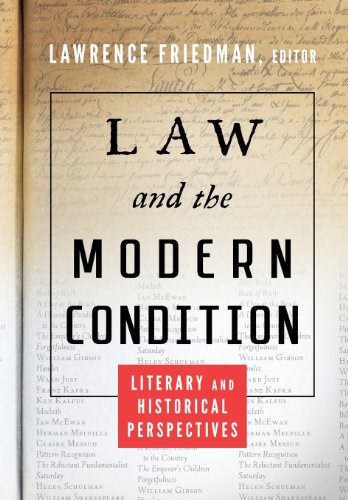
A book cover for Law and the Modern Condition: Literary and Historical Perspectives; Literature & Fiction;